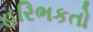
હરિભકતો